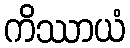
ကိဿာယံ